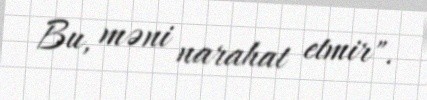
Bu, məni narahat etmir".